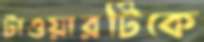
টাওয়ারটিকে